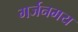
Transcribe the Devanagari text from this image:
गर्जनमय